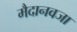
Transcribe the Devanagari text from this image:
मैदानवजा